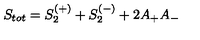
S _ { t o t } = S _ { 2 } ^ { ( + ) } + S _ { 2 } ^ { ( - ) } + 2 A _ { + } A _ { - }